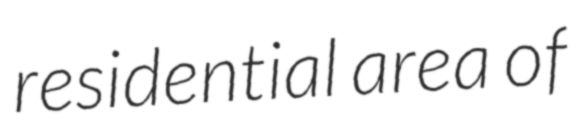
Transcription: residential area of